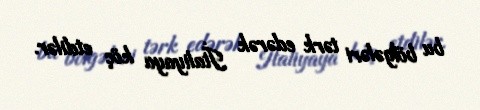
bu bölgələri tərk edərək İtaliyaya köç etdilər.